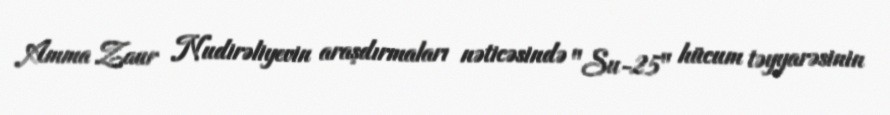
Amma Zaur Nudirəliyevin araşdırmaları nəticəsində "Su-25" hücum təyyarəsinin